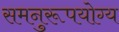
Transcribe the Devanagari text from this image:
समनुरूपयोग्य